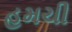
હમચી